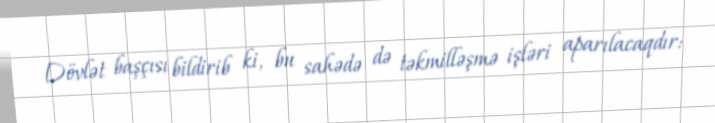
Dövlət başçısı bildirib ki, bu sahədə də təkmilləşmə işləri aparılacaqdır: